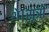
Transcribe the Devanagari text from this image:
थे।सूत्रों